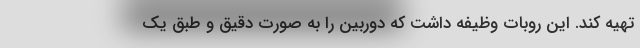
تهیه کند. این روبات وظیفه داشت که دوربین را به صورت دقیق و طبق یک